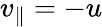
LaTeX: v_{\parallel}=-u